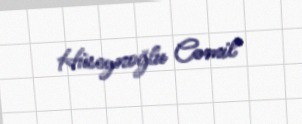
Hüseynoğlu Cəmil